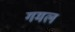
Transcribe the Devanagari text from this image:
गमल